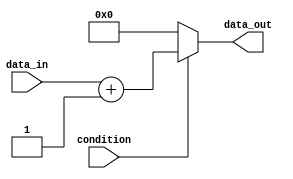
module Loop (
    input wire condition,
    input wire [7:0] data_in,
    output reg [7:0] data_out
);

always @ (condition) begin
    data_out = 0;
    if (condition) begin
        // Statements within the loop
        data_out = data_in + 1;
    end
end

endmodule